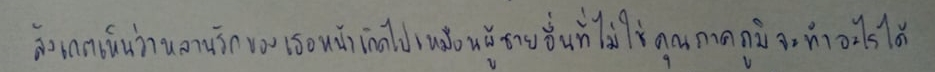
สังเกตเห็นว่าหลานรักของเธอหน้าเกิดไปเหมือนผู้ชายอื่นที่ไม่ใช่คุณภาคภูมิจะทำอะไรได้